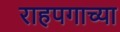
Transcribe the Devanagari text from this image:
राहपगाच्या